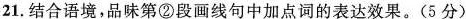
21结合语境，品味第②段画线句中加点词的表达效果。(5分)